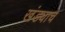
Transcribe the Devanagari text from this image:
खंड्याच